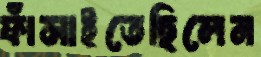
ফাঁসাইতেছিলেন